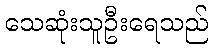
သေဆုံးသူဦးရေသည်